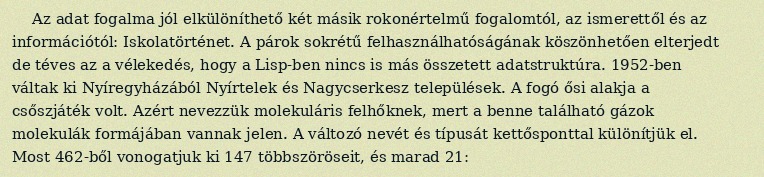
Az adat fogalma jól elkülöníthető két másik rokonértelmű fogalomtól, az ismerettől és az információtól: Iskolatörténet. A párok sokrétű felhasználhatóságának köszönhetően elterjedt de téves az a vélekedés, hogy a Lisp-ben nincs is más összetett adatstruktúra. 1952-ben váltak ki Nyíregyházából Nyírtelek és Nagycserkesz települések. A fogó ősi alakja a csőszjáték volt. Azért nevezzük molekuláris felhőknek, mert a benne található gázok molekulák formájában vannak jelen. A változó nevét és típusát kettősponttal különítjük el. Most 462-ből vonogatjuk ki 147 többszöröseit, és marad 21: